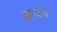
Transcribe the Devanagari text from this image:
क्रूजेड